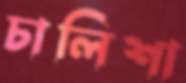
চালিশা